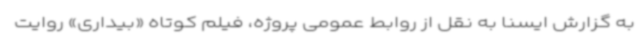
به گزارش ایسنا به نقل از روابط عمومی پروژه، فیلم کوتاه «بیداری» روایت